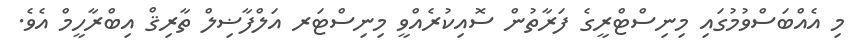
މި އެއްބަސްވުމުގައި މިނިސްޓްރީގެ ފަރާތުން ސޮއިކުރެއްވީ މިނިސްޓަރ އަލްފާޟިލް ތާރިޤް އިބްރާހީމް އެވެ.